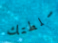
سلطتك